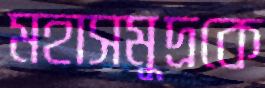
মহাসমুদ্রকে